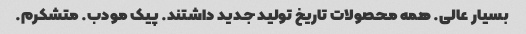
بسیار عالی. همه محصولات تاریخ تولید جدید داشتند. پیک مودب. متشکرم.